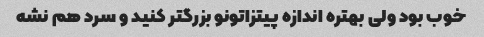
خوب بود ولی بهتره اندازه پیتزاتونو بزرگتر کنید و سرد هم نشه